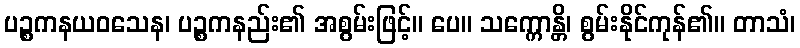
ပဉ္စကနယဝသေန၊ ပဉ္စကနည်း၏ အစွမ်းဖြင့်။ ပေ။ သက္ကောန္တိ၊ စွမ်းနိုင်ကုန်၏။ တာသံ၊